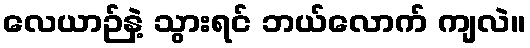
လေယာဉ်နဲ့ သွားရင် ဘယ်လောက် ကျလဲ။